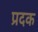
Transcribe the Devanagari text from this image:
प्रदक